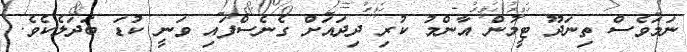
ނަމަވެސް ތިނަދޫ ޓީމުން އާންމު ކުރި ދިދައަށް ގެނެސްފައި ވަނީ ކުޑަ ބަދަލެކެވެ.